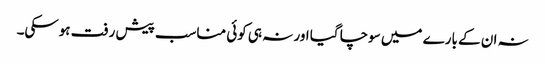
نہ ان کے بارے میں سوچا گیا اور نہ ہی کوئی مناسب پیش رفت ہوسکی۔